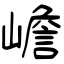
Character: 嶦